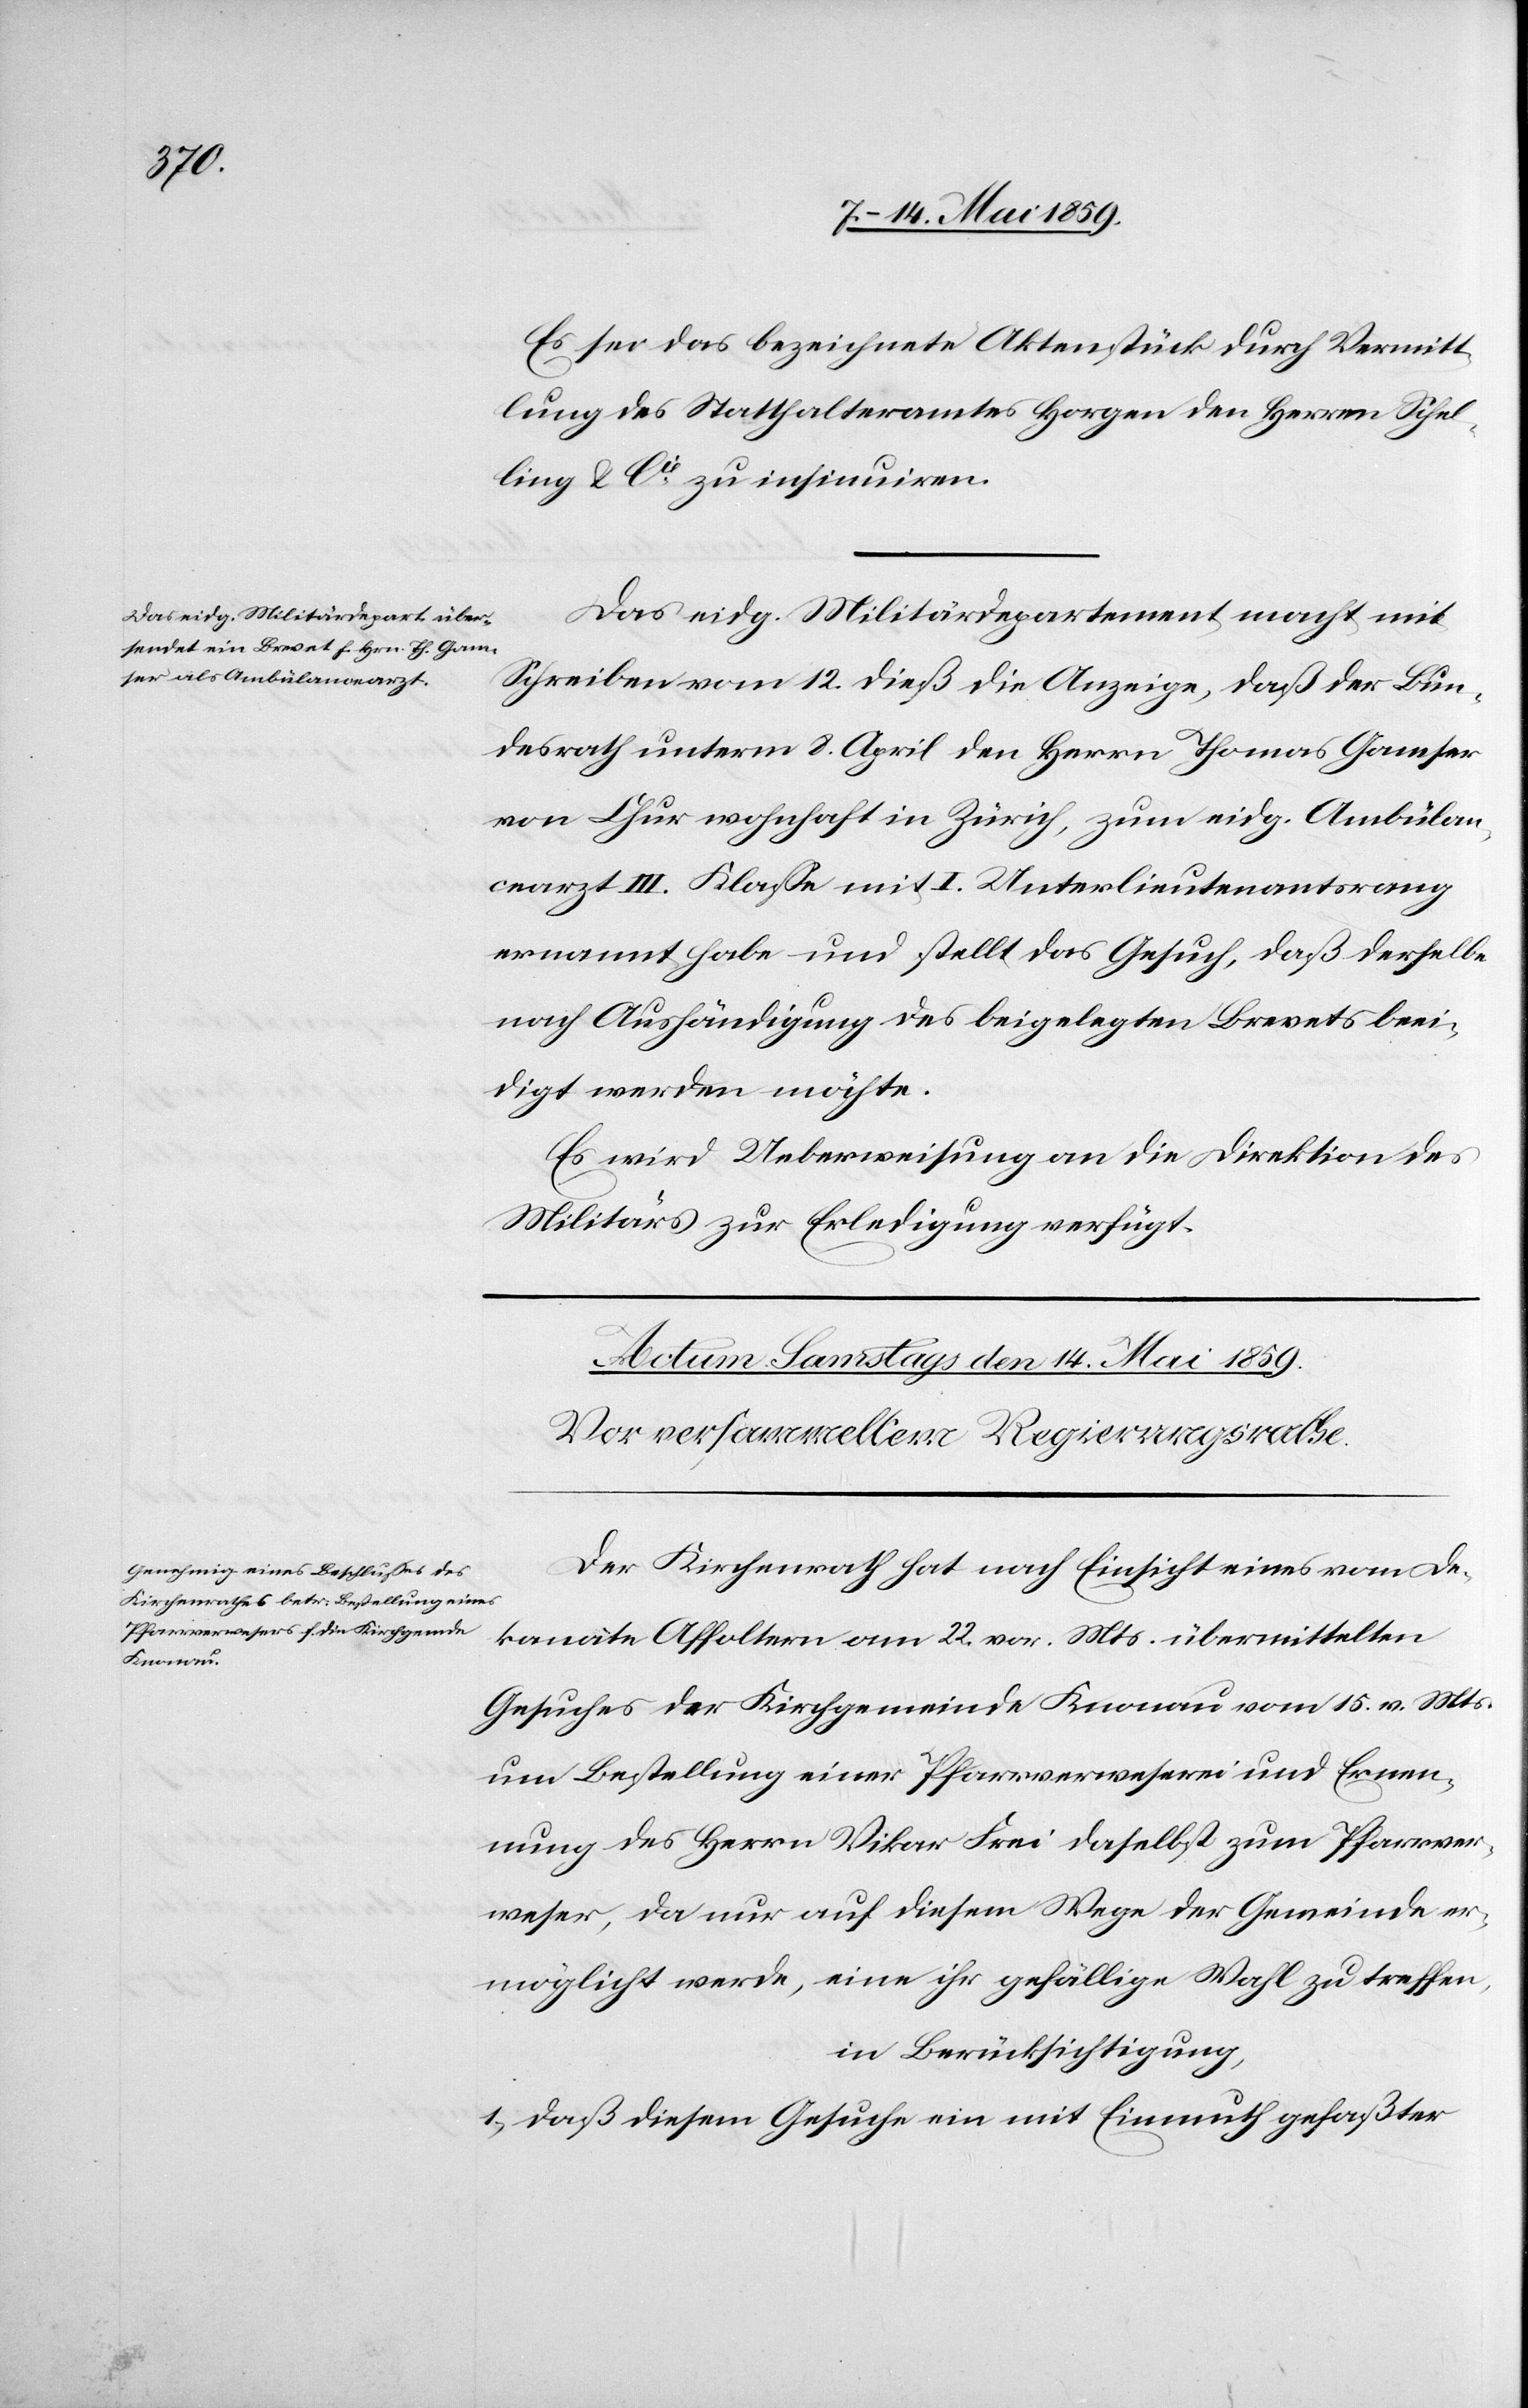
den 13. Mai 1859.]
Es sei das bezeichnete Aktenstück durch Vermitt¬
lung des Statthalteramtes Horgen den Herren Schel¬
ling & Cie zu insinuiren.
Das eidg. Militärdepartement macht mit
Schreiben vom 12. dieß die Anzeige, daß der Bun¬
desrath unterm 8. April den Herrn Thomas Gamser
vom Chur wohnhaft in Zürich, zum eidg. Ambülan¬
cearzt III. Klaße mit I. Unterlieutenantsrang
ernannt habe und stellt das Gesuch, daß derselbe
nach Aushändigung des beigelegten Brevets beei¬
digt werden möchte.
Es wird Ueberweisung an die Direktion des
Militärs zur Erledigung verfügt.
Der Kirchenrath hat nach Einsicht eines vom De¬
kanate Affoltern am 22. vor. Mts. übermittelten
Gesuches der Kirchgemeinde Knonau vom 15. v. Mts.
um Bestellung einer Pfarrverweserei und Ernen¬
nung des Herrn Vikar Frei daselbst zum Pfarrver¬
weser, da nur auf diesem Wege der Gemeinde er¬
möglicht werde, eine ihr gefällige Wahl zu treffen,
in Berücksichtigung,
1) daß diesem Gesuche ein mit Einmuth gefaßter